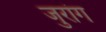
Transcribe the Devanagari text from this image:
जुरांग